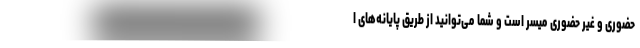
حضوری و غیر حضوری میسر است و شما می­‌توانید از طریق پایانه‌­های ا